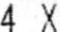
4 X